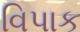
વિપાક